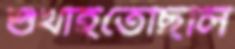
শুঁখাইতেছিলি